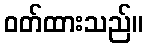
ဝတ်ထားသည်။